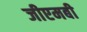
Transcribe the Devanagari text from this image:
जीएमबी